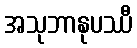
အသုဘာနုပဿီ